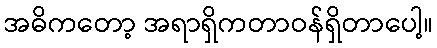
အဓိကတော့ အရာရှိကတာဝန်ရှိတာပေါ့။